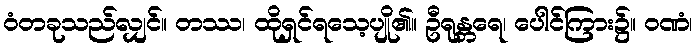
ဝံတခုသည်လျှင်။ တဿ၊ ထိုရှင်ရသေ့ပျို၏။ ဦရုန္တရေ၊ ပေါင်ကြား၌။ ဝဏံ၊